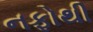
નફોથી